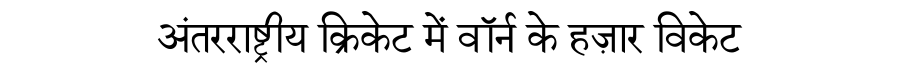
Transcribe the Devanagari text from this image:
अंतरराष्ट्रीय क्रिकेट में वॉर्न के हज़ार विकेट